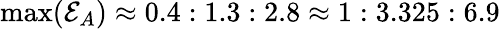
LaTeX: \operatorname*{max}({\mathcal{E}_{A}})\approx 0.4:1.3:2.8\approx 1:3.325:6.9